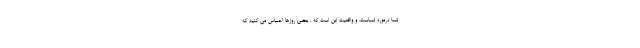
شما درمورد شماست. و واقعیت این است که ، بعضی روزها احساس می کنید که